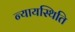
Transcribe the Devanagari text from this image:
न्यायस्थिति